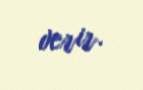
verir.